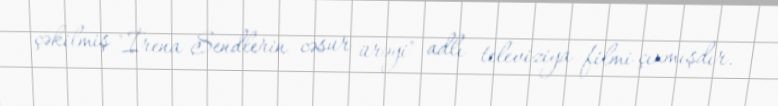
çəkilmiş "İrena Sendlerin cəsur ürəyi" adlı televiziya filmi çıxmışdır.